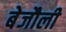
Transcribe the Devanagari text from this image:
बेजौली